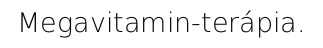
Megavitamin-terápia.